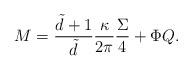
LaTeX: \begin{align*}M=\frac{\tilde{d}+1}{\tilde{d}}\frac{\kappa}{2\pi}\frac{\Sigma}{4}+\Phi Q.\end{align*}